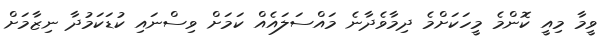
ވީމާ މިއީ ކޮންމެ މީހަކަށްމެ ދިމާވެދާނެ މައްސަލައެއް ކަމަށް ވިސްނައި ކުޑަކަމުދާ ނިޒާމަށް